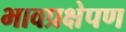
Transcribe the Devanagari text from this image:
भावप्रक्षेपण